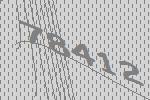
78412